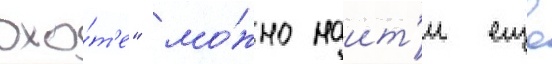
охо́т'е" мо́жно наит'и еще